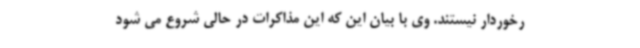
رخوردار نیستند. وی با بیان این که این مذاکرات در حالی شروع می شود